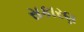
સકારણ